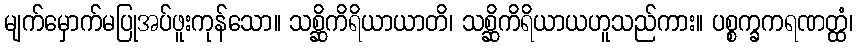
မျက်မှောက်မပြုအပ်ဖူးကုန်သော။ သစ္ဆိကိရိယာယာတိ၊ သစ္ဆိကိရိယာယဟူသည်ကား။ ပစ္စက္ခကရဏတ္ထံ၊